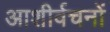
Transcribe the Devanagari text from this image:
आशीर्वचनों